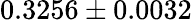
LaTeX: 0.3256\pm 0.0032